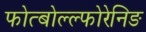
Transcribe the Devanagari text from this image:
फोत्बोल्ल्फोरेनिङ